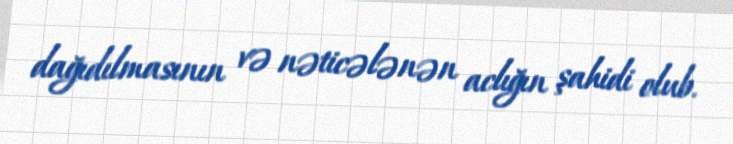
dağıdılmasının və nəticələnən aclığın şahidi olub.